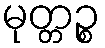
မုတ္တဉ္စ